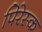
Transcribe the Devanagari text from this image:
पिरेस्क